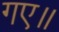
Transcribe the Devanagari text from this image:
गए॥